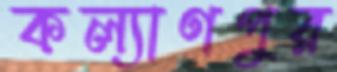
কল্যাণপুর